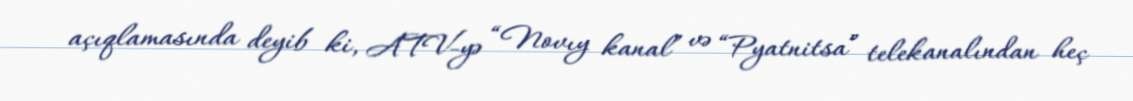
açıqlamasında deyib ki, ATV-yə “Novıy kanal” və “Pyatnitsa” telekanalından heç